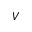
V